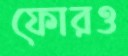
ফোরও